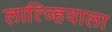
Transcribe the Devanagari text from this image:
लात्व्हियाला